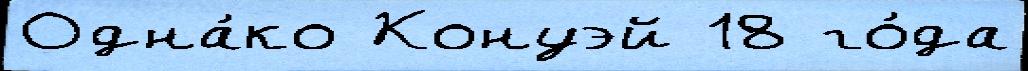
Одна́ко Конуэй 18 го́да